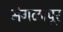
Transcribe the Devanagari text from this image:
मंगळापूर